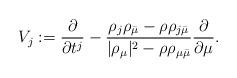
LaTeX: \begin{align*} V_j:=\frac{\partial}{\partial t^j}-\frac{\rho_j\rho_{\bar\mu}-\rho\rho_{j\bar\mu}}{|\rho_\mu|^2-\rho\rho_{\mu\bar\mu}} \frac{\partial}{\partial \mu}.\end{align*}